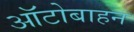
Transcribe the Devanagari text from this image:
ऑटोबाहन